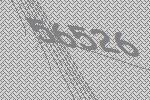
56526